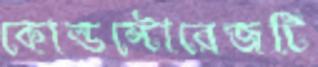
কোল্ডস্টোরেজটি